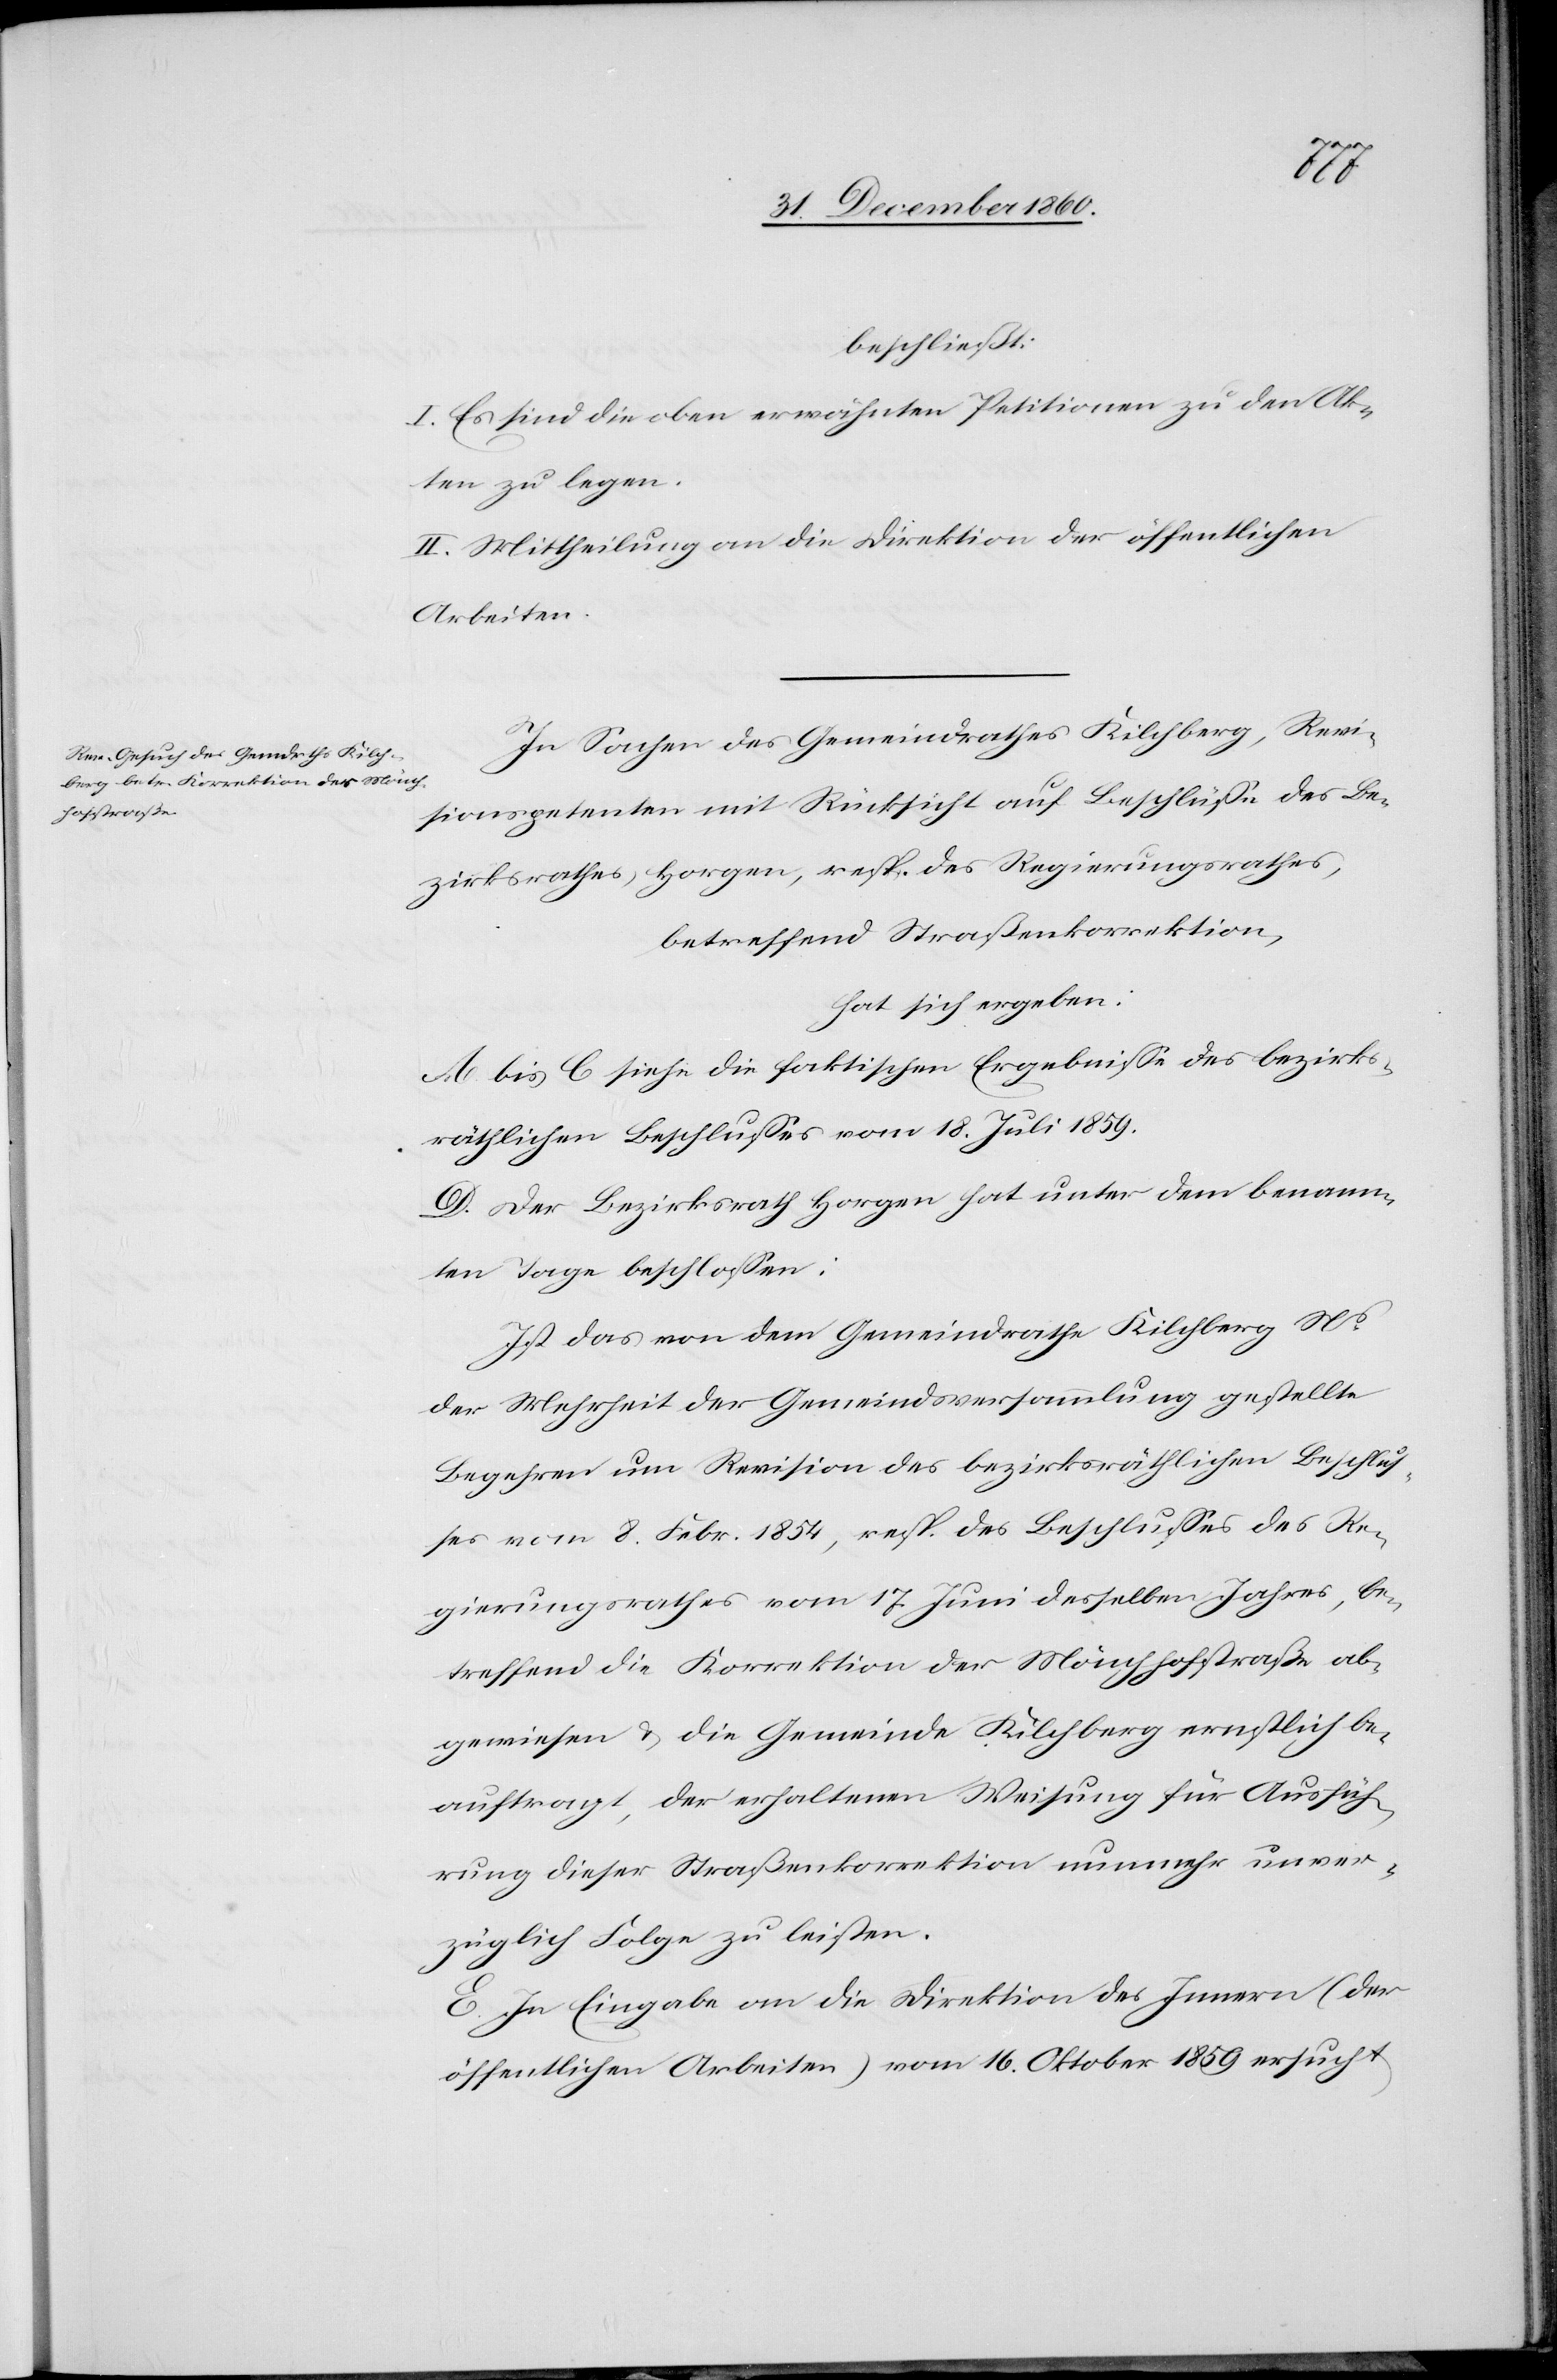
beschließt:
I. Es sind die oben erwähnten Petitionen zu den Ak¬
ten zu legen.
II. Mittheilung an die Direktion der öffentlichen
Arbeiten.
In Sachen des Gemeindrathes Kilchberg, Revi¬
sionspetenten mit Rücksicht auf Beschlüsse des Be¬
zirksrathes Horgen, resp. des Regierungsrathes,
betreffend Straßenkorrektion,
hat sich ergeben:
A bis C siehe die faktischen Ergebnisse des bezirks¬
räthlichen Beschlusses vom 18. Juli 1859.
D. Der Bezirksrath Horgen hat unter dem benann¬
ten Tage beschlossen:
Ist das von dem Gemeindrathe Kilchberg Ns
der Mehrheit der Gemeindsversammlung gestellte
Begehren um Revision des bezirksräthlichen Beschlus¬
ses vom 8. Febr. 1854, resp. des Beschlusses des Re¬
gierungsrathes vom 17. Juni desselben Jahres, be¬
treffend die Korrektion der Mönchhofstraße ab¬
gewiesen u. die Gemeinde Kilchberg ernstlich be¬
auftragt, der erhaltenen Weisung für Ausfüh¬
rung dieser Straßenkorrektion nunmehr unver¬
züglich Folge zu leisten.
E. In Eingabe an die Direktion des Innern (der
öffentlichen Arbeiten) vom 16. Oktober 1859 ersucht